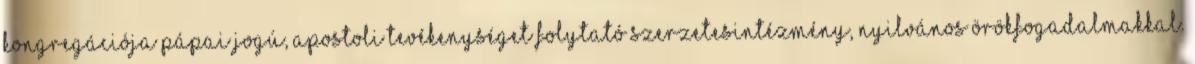
Kongregációja pápai jogú, apostoli tevékenységet folytató szerzetesintézmény, nyilvános örökfogadalmakkal.